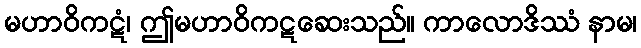
မဟာဝိကဋံ၊ ဤမဟာဝိကဋဆေးသည်။ ကာလောဒိဿံ နာမ၊